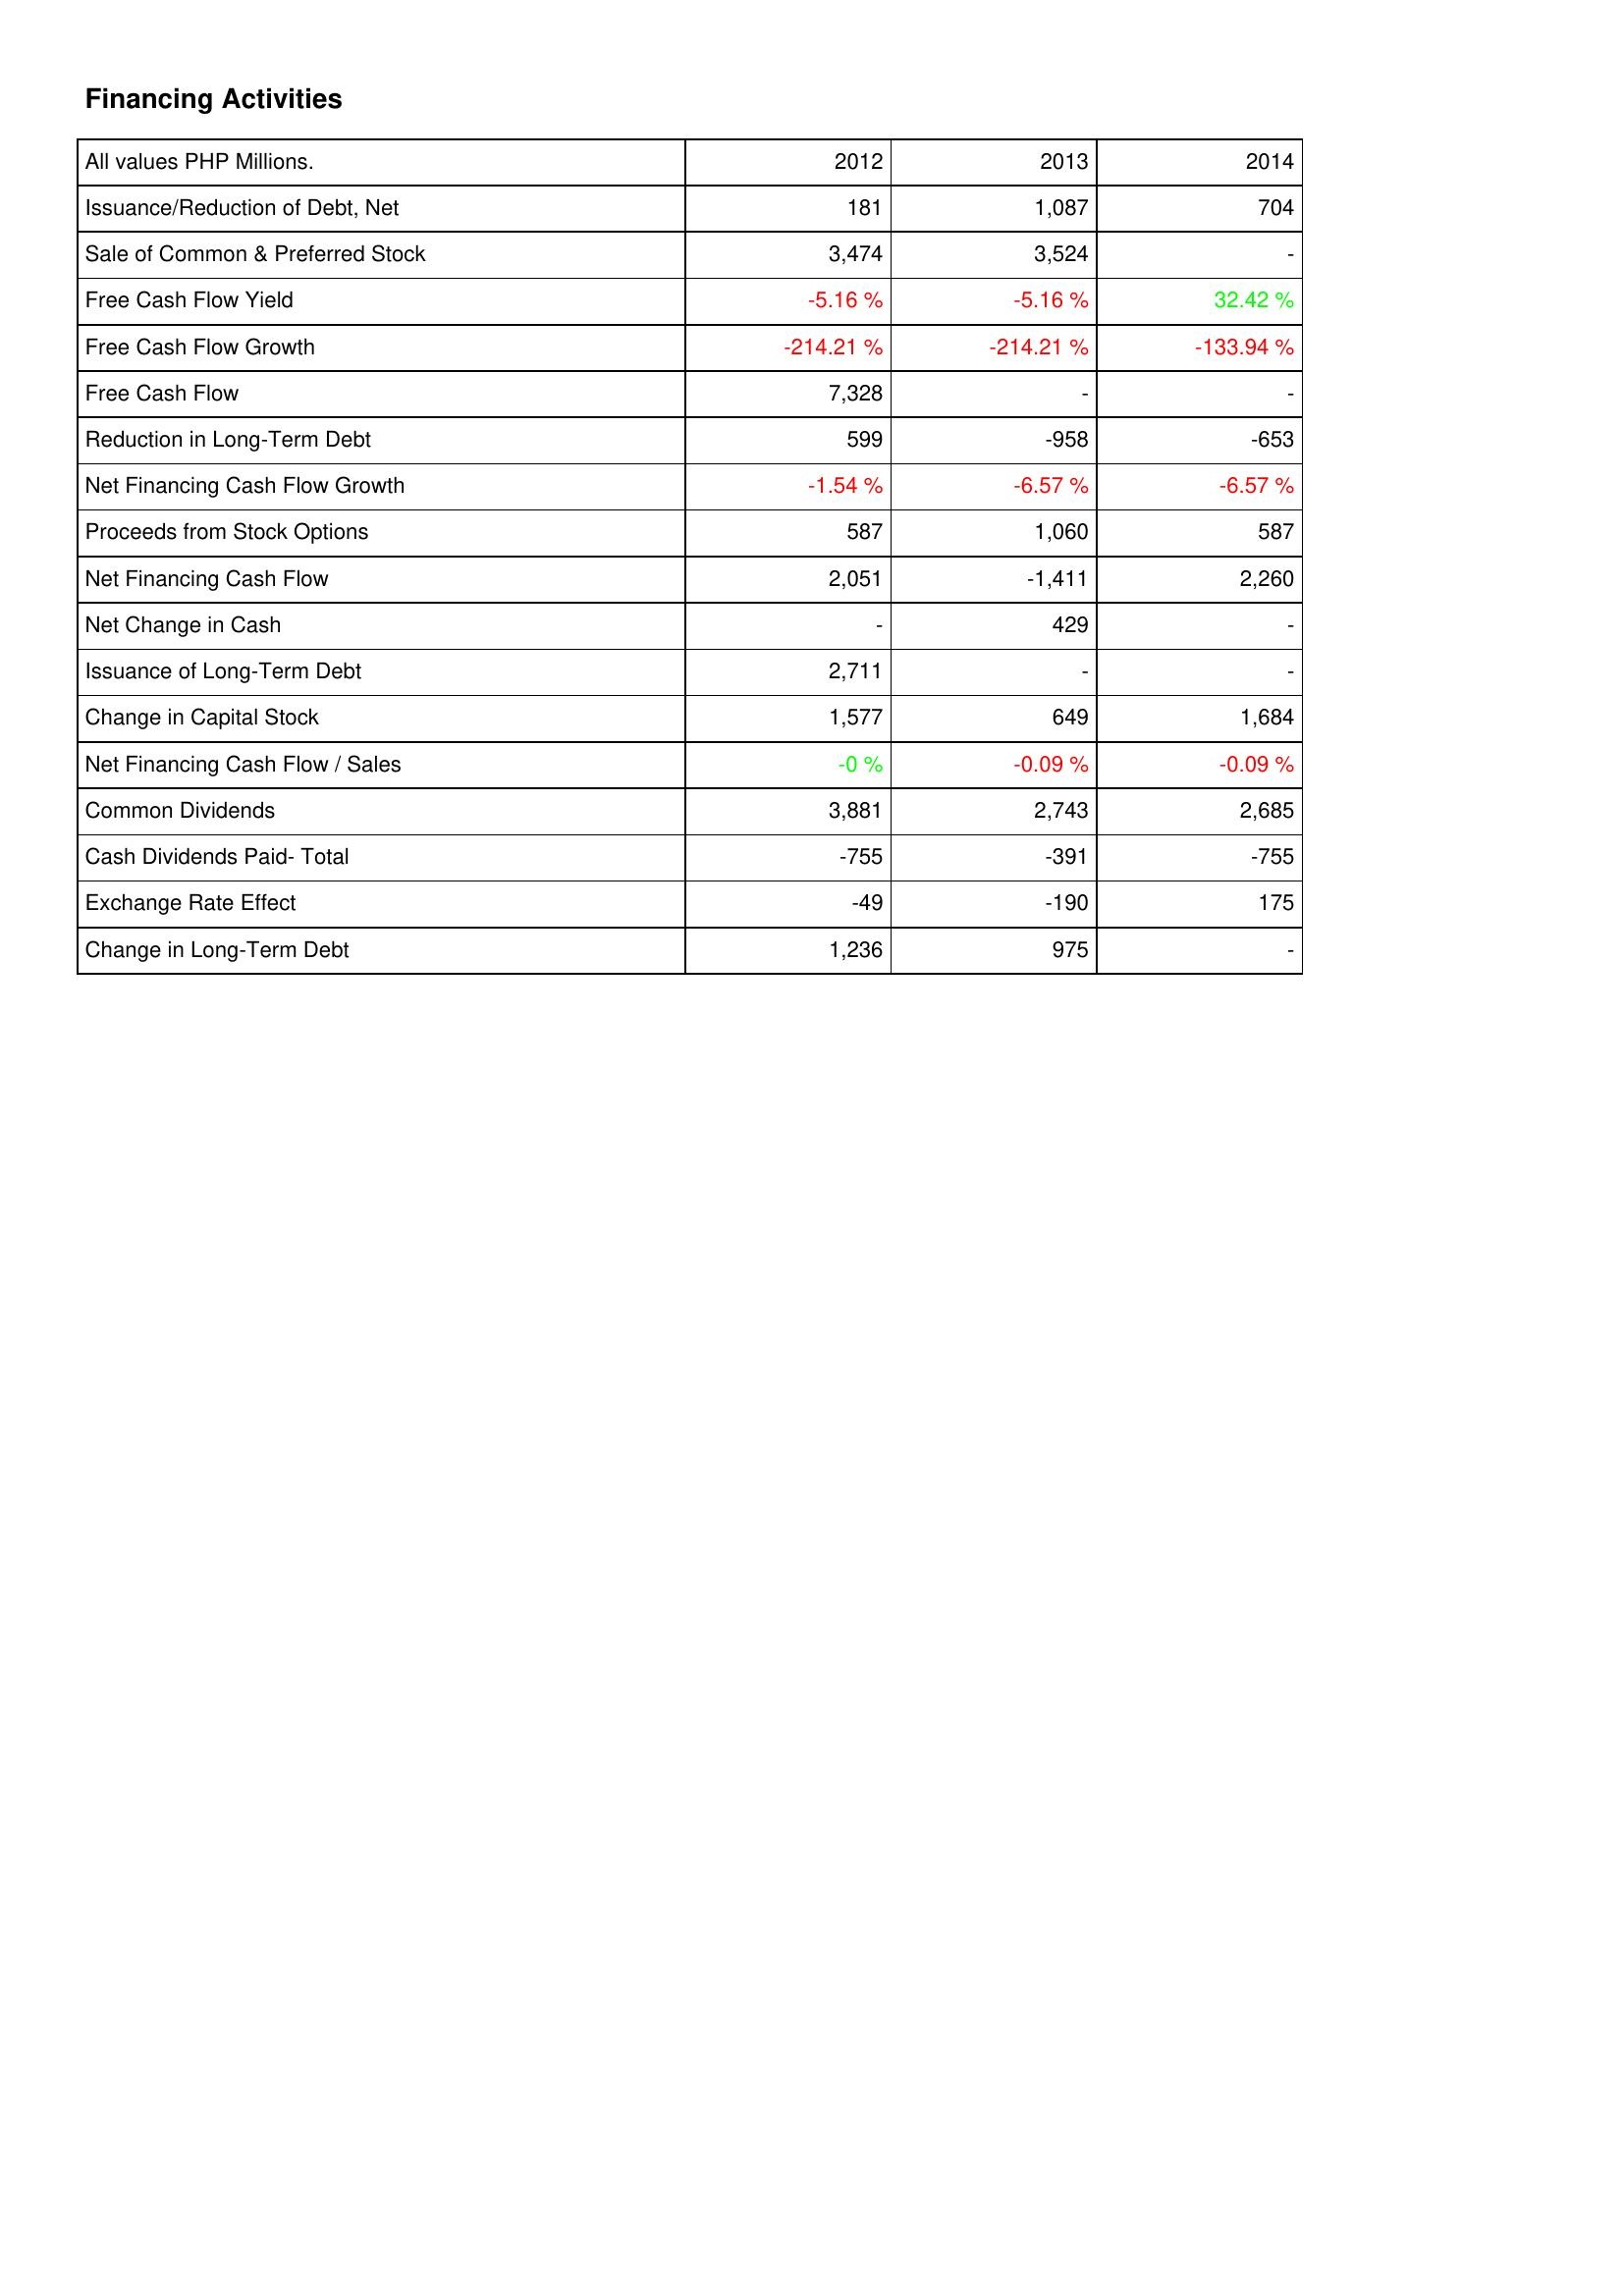
2012: Financing Activities: Issuance/Reduction of Debt, Net: 181
Sale of Common & Preferred Stock: 3,474
Free Cash Flow Yield: -5.16 %
Free Cash Flow Growth: -214.21 %
Free Cash Flow: 7,328
Reduction in Long-Term Debt: 599
Net Financing Cash Flow Growth: -1.54 %
Proceeds from Stock Options: 587
Net Financing Cash Flow: 2,051
Net Change in Cash: -
Issuance of Long-Term Debt: 2,711
Change in Capital Stock: 1,577
Net Financing Cash Flow / Sales: -0 %
Common Dividends: 3,881
Cash Dividends Paid- Total: -755
Exchange Rate Effect: -49
Change in Long-Term Debt: 1,236
2013: Financing Activities: Issuance/Reduction of Debt, Net: 1,087
Sale of Common & Preferred Stock: 3,524
Free Cash Flow Yield: -5.16 %
Free Cash Flow Growth: -214.21 %
Free Cash Flow: -
Reduction in Long-Term Debt: -958
Net Financing Cash Flow Growth: -6.57 %
Proceeds from Stock Options: 1,060
Net Financing Cash Flow: -1,411
Net Change in Cash: 429
Issuance of Long-Term Debt: -
Change in Capital Stock: 649
Net Financing Cash Flow / Sales: -0.09 %
Common Dividends: 2,743
Cash Dividends Paid- Total: -391
Exchange Rate Effect: -190
Change in Long-Term Debt: 975
2014: Financing Activities: Issuance/Reduction of Debt, Net: 704
Sale of Common & Preferred Stock: -
Free Cash Flow Yield: 32.42 %
Free Cash Flow Growth: -133.94 %
Free Cash Flow: -
Reduction in Long-Term Debt: -653
Net Financing Cash Flow Growth: -6.57 %
Proceeds from Stock Options: 587
Net Financing Cash Flow: 2,260
Net Change in Cash: -
Issuance of Long-Term Debt: -
Change in Capital Stock: 1,684
Net Financing Cash Flow / Sales: -0.09 %
Common Dividends: 2,685
Cash Dividends Paid- Total: -755
Exchange Rate Effect: 175
Change in Long-Term Debt: -